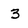
Character: 3